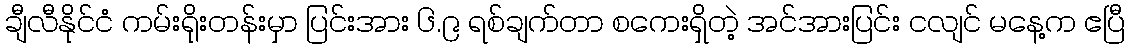
ချီလီနိုင်ငံ ကမ်းရိုးတန်းမှာ ပြင်းအား ၆.၉ ရစ်ချက်တာ စကေးရှိတဲ့ အင်အားပြင်း ငလျင် မနေ့က ဧပြီ